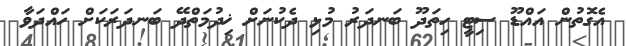
އެގޮތުން އައްޑޫ ސިޓީ ހިތަދޫ ބަނދަރު މުޅި ދެކުނަށް ޚިދުމަތްދޭ ބަނދަރަކަށް ހައްދަވާ